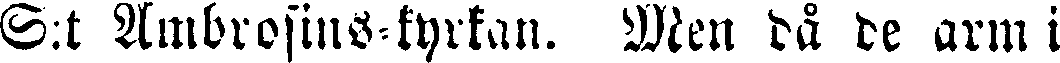
S:t Ambrosius-kyrkan. Men då de arm i